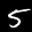
Label: 5